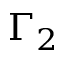
\Gamma _ { 2 }